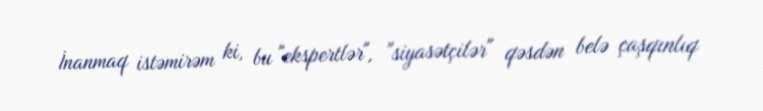
İnanmaq istəmirəm ki, bu "ekspertlər", "siyasətçilər" qəsdən belə çaşqınlıq